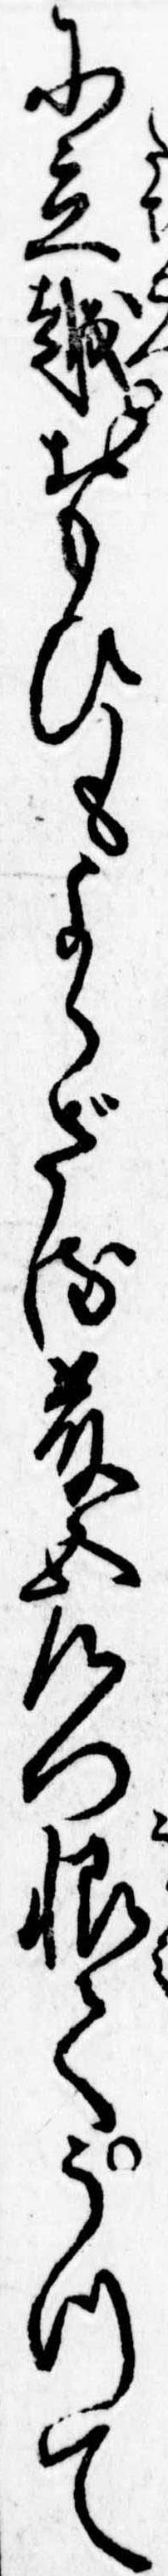
に立越おもひもよらざる藤五左門恨てうつて